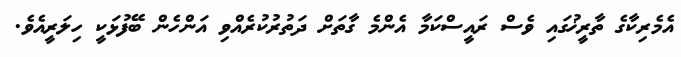
އެމެރިކާގެ ތާރީޚުގައި ވެސް ރައީސްކަމާ އެންމެ ގާތަށް ދަތުރުކުރެއްވި އަންހެން ބޭފުޅަކީ ހިލަރީއެވެ.